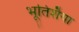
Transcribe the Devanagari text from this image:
भूतिशैया